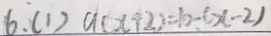
6 . ( 1 ) a ( x + 2 ) = b - ( x - 2 )